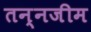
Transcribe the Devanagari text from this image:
तन्नजीम